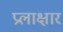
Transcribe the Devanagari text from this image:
प्रलाक्षार